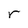
Character: r